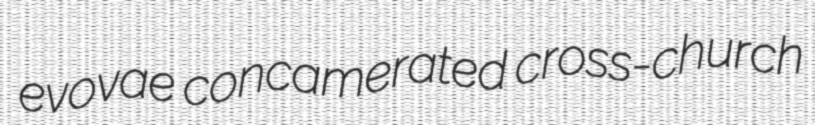
evovae concamerated cross-church